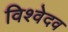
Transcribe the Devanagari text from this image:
विश्वेदव